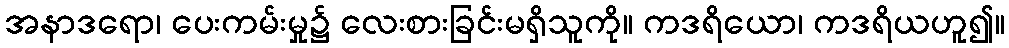
အနာဒရော၊ ပေးကမ်းမှု၌ လေးစားခြင်းမရှိသူကို။ ကဒရိယော၊ ကဒရိယဟူ၍။